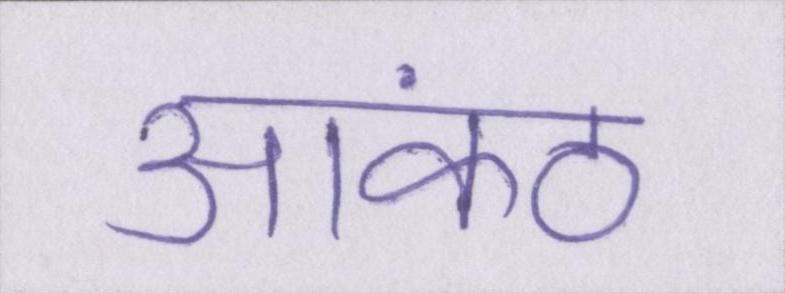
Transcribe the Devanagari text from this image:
आकंठ